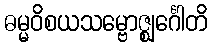
ဓမ္မဝိစယသမ္ဗောဇ္ဈင်္ဂေါတိ